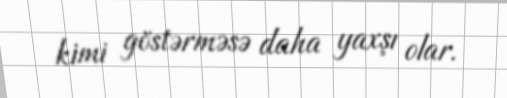
kimi göstərməsə daha yaxşı olar.